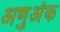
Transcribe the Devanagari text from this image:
अणुअंक